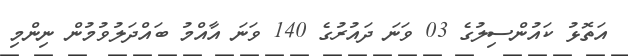
އަތޮޅު ކައުންސިލުގެ 03 ވަނަ ދައުރުގެ 140 ވަނަ އާއްމު ބައްދަލުވުމުން ނިންމި